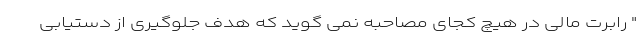
" رابرت مالی در هیچ كجای مصاحبه نمی گوید كه هدف جلوگیری از دستیابی